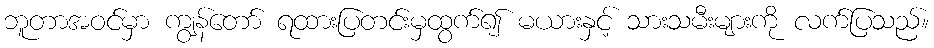
ဘူတာအဝင်မှာ ကျွန်တော် ရထားပြတင်းမှထွက်၍ မယားနှင့် သားသမီးများကို လက်ပြသည်။